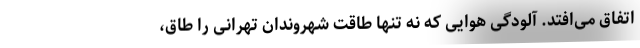
اتفاق می‌افتد. آلودگی هوایی که نه تنها طاقت شهروندان تهرانی را طاق،